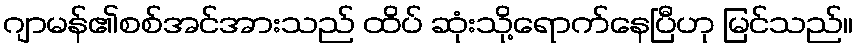
ဂျာမန်၏စစ်အင်အားသည် ထိပ် ဆုံးသို့ရောက်နေပြီဟု မြင်သည်။